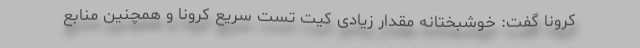
کرونا گفت: خوشبختانه مقدار زیادی کیت تست سریع کرونا و همچنین منابع